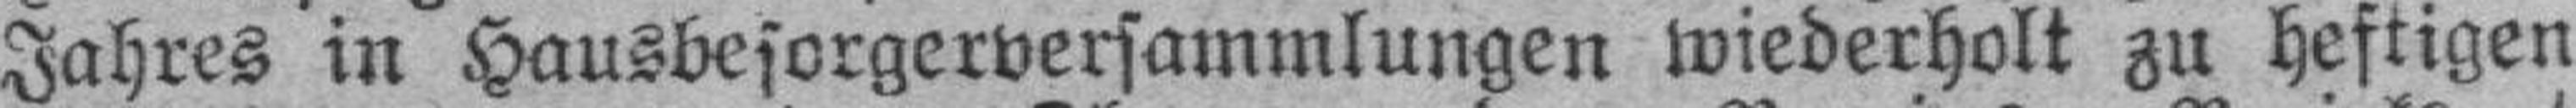
Jahres in Hausbesorgerversammlungen wiederholt zu heftigen